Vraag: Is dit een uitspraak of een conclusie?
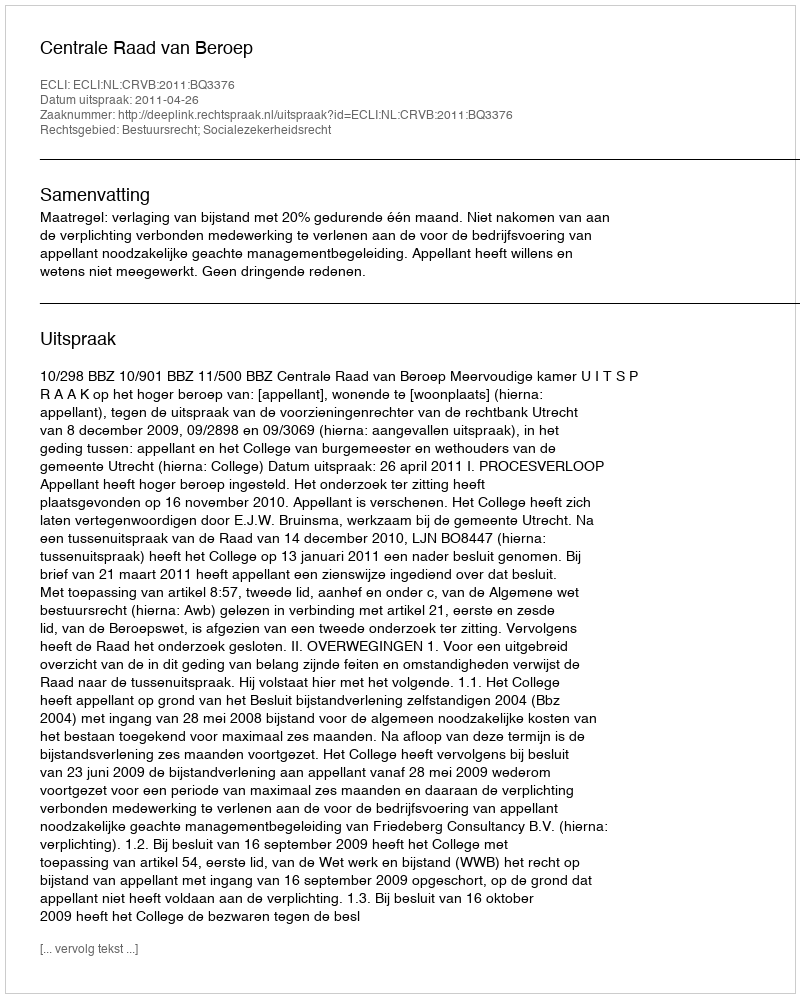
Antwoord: Uitspraak